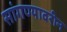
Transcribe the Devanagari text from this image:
सांगण्यावरीन